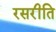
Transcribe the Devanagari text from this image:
रसरीति